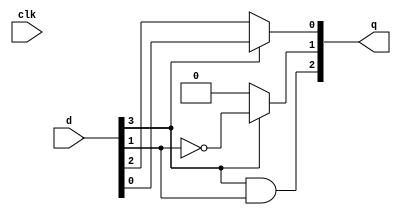
`timescale 1ns / 1ps

//leading zeros counter

module LZ #
(
   parameter   N = 2,
   parameter   WI = 2 * N,
   parameter   WO = N + 1
)(
   input clk,
   input wire     [WI-1:0]    d,
   output reg  [WO-1:0]    q
    );
    
   always@(*) begin
      if (d[N - 1 + N] == 1'b0) begin
         q[WO-1] = (d[N-1+N] & d[N-1]);
         q[WO-2] = 1'b0;
         q[WO-3:0] = d[(2*N)-2 : N];
      end else begin
         q[WO-1] = d[N-1+N] & d[N-1];
         q[WO-2] = ~d[N-1];
         q[WO-3:0] = d[N-2 : 0];
      end
   end
   


endmodule